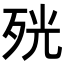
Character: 𭮋